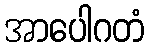
အာပေါဂတံ